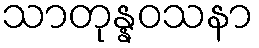
သာတုန္နဝသနာ